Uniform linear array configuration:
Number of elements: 24
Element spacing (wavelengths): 0.75
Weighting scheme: cosine
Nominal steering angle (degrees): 0
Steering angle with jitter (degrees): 1.043
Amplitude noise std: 0.05
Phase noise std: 0.05

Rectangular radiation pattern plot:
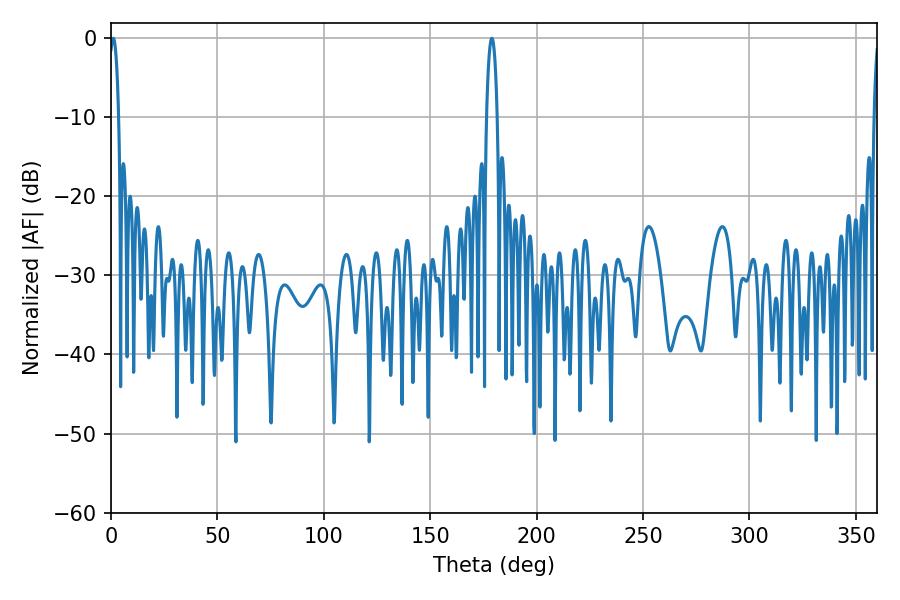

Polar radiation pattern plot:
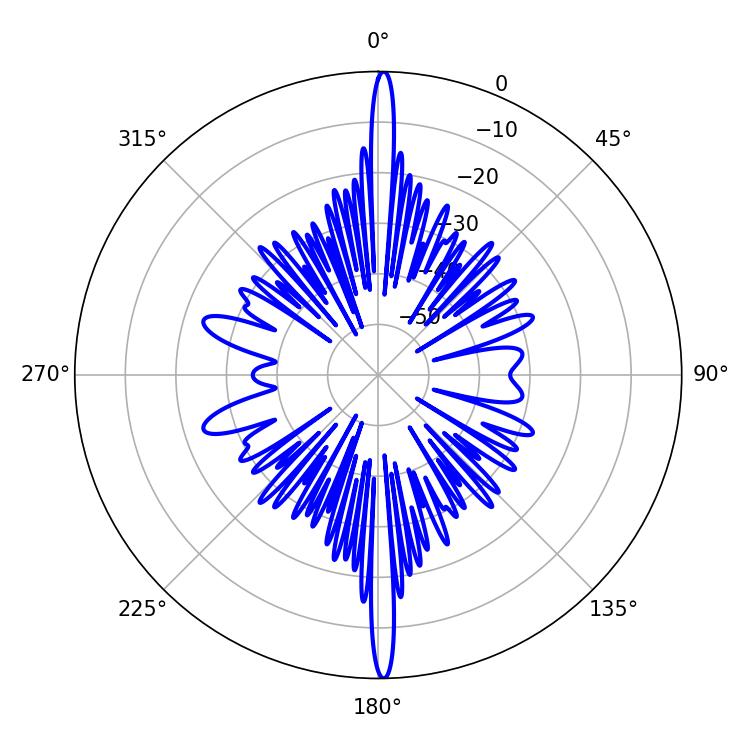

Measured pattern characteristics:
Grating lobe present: TRUE
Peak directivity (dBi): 31.181
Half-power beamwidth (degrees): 2.88
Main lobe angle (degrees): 178.92